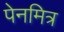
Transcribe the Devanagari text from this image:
पेनमित्र